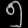
Digit: ၅